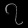
Digit: ၇